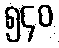
၅၄၀